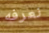
نعرفه